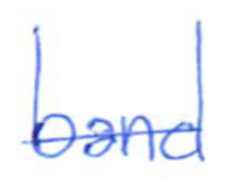
Text: band
Cross-out: single-line
Writing tool: ballpoint